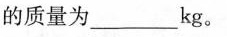
的质量为________kg。